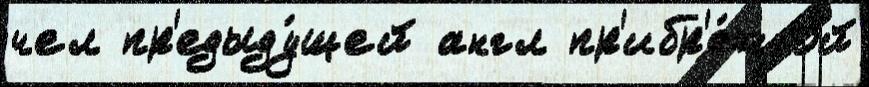
чел пр'едыду́щей англ пр'ибр'е́жной